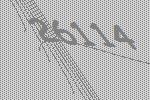
26114